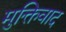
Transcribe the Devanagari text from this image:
मुक्तिवाद